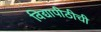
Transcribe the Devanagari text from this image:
विद्यापीठीची